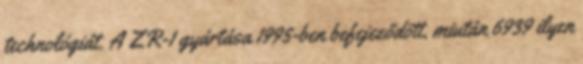
technológiát. A ZR-1 gyártása 1995-ben befejeződött, miután 6939 ilyen